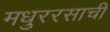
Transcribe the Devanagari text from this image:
मधुररसाची